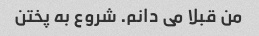
من قبلا می دانم. شروع به پختن